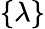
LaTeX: \{ \lambda\}